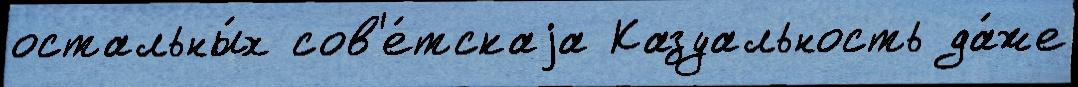
остальны́х сов'е́тскаjа Казуальность да́же